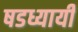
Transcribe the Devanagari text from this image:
षडध्यायी